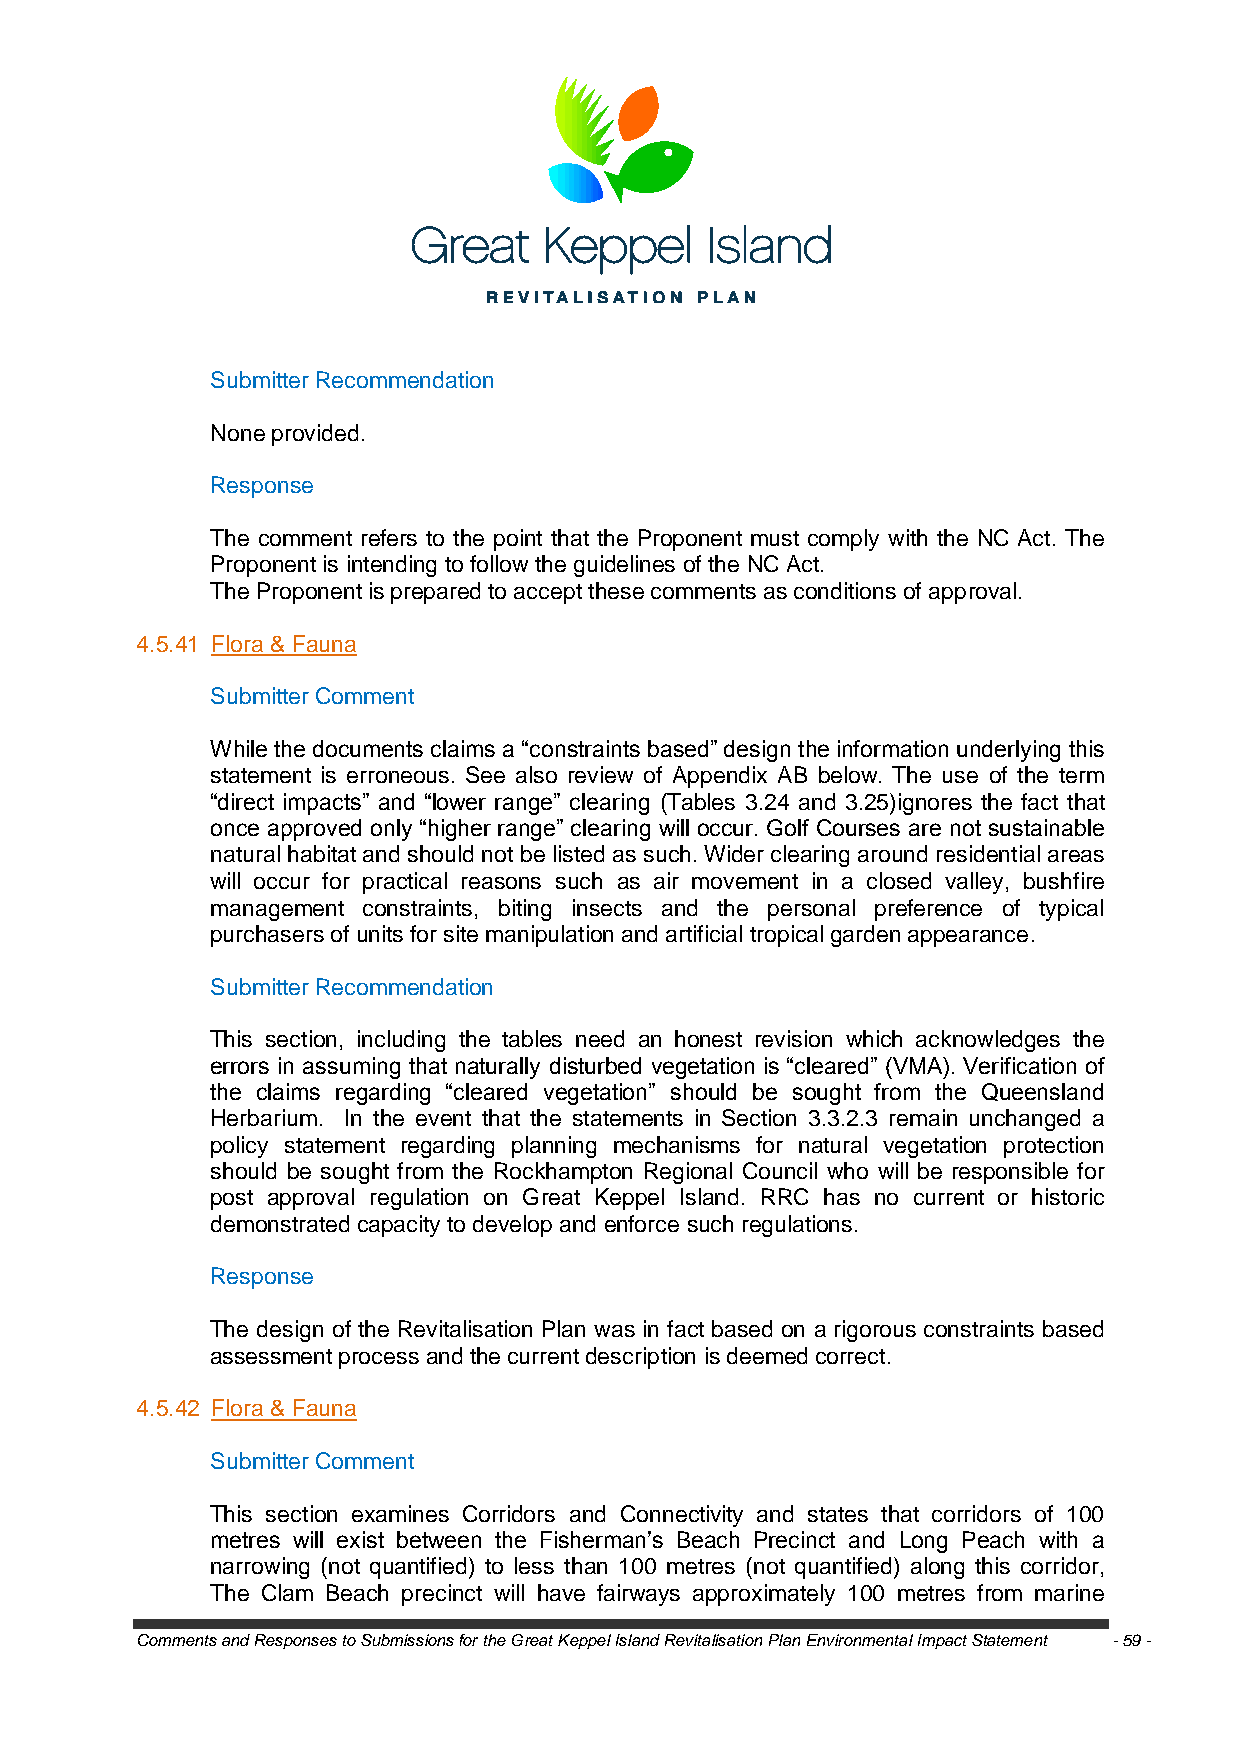
Submitter Recommendation
 None provided.
 Response
 The comment refers to the point that the Proponent must comply with the NC Act. The
 Proponent is intending to follow the guidelines of the NC Act.
 The Proponent is prepared to accept these comments as conditions of approval.
 4.5.41 Flora & Fauna
 Submitter Comment
 While the documents claims a ―constraints based‖ design the information underlying this
 statement is erroneous. See also review of Appendix AB below. The use of the term
 ―direct impacts‖ and ―lower range‖ clearing (Tables 3.24 and 3.25)ignores the fact that
 once approved only ―higher range‖ clearing will occur. Golf Courses are not sustainable
 natural habitat and should not be listed as such. Wider clearing around residential areas
 will occur for practical reasons such as air movement in a closed valley, bushfire
 management constraints, biting insects and the personal preference of typical
 purchasers of units for site manipulation and artificial tropical garden appearance.
 Submitter Recommendation
 This section, including the tables need an honest revision which acknowledges the
 errors in assuming that naturally disturbed vegetation is ―cleared‖ (VMA). Verification of
 the claims regarding ―cleared vegetation‖ should be sought from the Queensland
 Herbarium. In the event that the statements in Section 3.3.2.3 remain unchanged a
 policy statement regarding planning mechanisms for natural vegetation protection
 should be sought from the Rockhampton Regional Council who will be responsible for
 post approval regulation on Great Keppel Island. RRC has no current or historic
 demonstrated capacity to develop and enforce such regulations.
 Response
 The design of the Revitalisation Plan was in fact based on a rigorous constraints based
 assessment process and the current description is deemed correct.
 4.5.42 Flora & Fauna
 Submitter Comment
 This section examines Corridors and Connectivity and states that corridors of 100
 metres will exist between the Fisherman‘s Beach Precinct and Long Peach with a
 narrowing (not quantified) to less than 100 metres (not quantified) along this corridor,
 The Clam Beach precinct will have fairways approximately 100 metres from marine
 Comments and Responses to Submissions for the Great Keppel Island Revitalisation Plan Environmental Impact Statement - 59 -